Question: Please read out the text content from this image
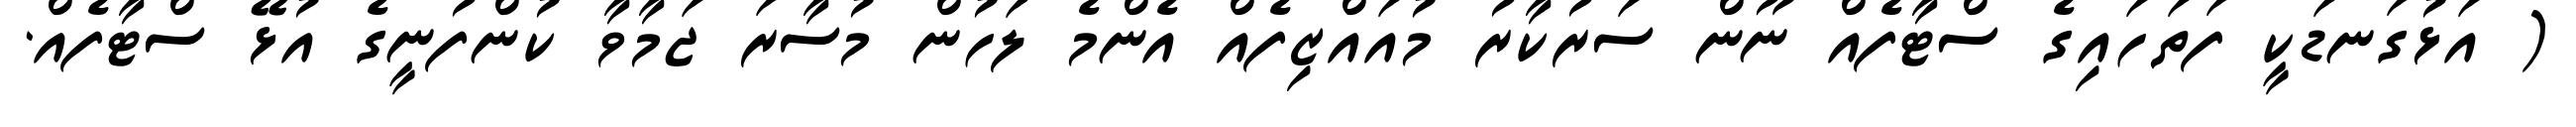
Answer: ( އަޅުގަނޑަކީ ފަތަހައިގެ ސްޓާފެއް ނޫން ސަރުކާރު މުއައްޒިފެއް އެންމެ ލަހުން މުސާރަ ޖަމާވާ ކުންފުނީގެ އުޅޭ ސްޓާފެއް.